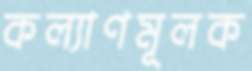
কল্যাণমূলক